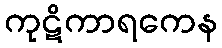
ကုဋိကာရကေန